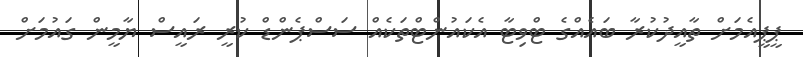
ޕީޕީއެމަށް ތާއީދުކުރާ ބައެއްގެ ޓްވިޓާ އެކައުންޓްތަކެއް ސަސްޕެންޑް ކުރީ ރައީސް ޔާމީން ގައުމަށް